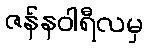
ဇန်နဝါရီလမှ